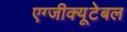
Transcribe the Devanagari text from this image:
एग्जीक्यूटेबल